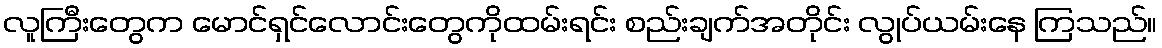
လူကြီးတွေက မောင်ရှင်လောင်းတွေကိုထမ်းရင်း စည်းချက်အတိုင်း လွုပ်ယမ်းနေ ကြသည်။